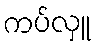
ကပ်လှူ